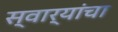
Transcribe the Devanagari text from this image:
स्वार्‍यांचा